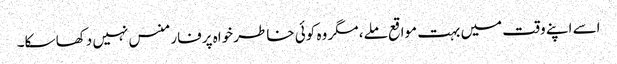
اسے اپنے وقت میں بہت مواقع ملے، مگر وہ کوئی خاطر خواہ پرفارمنس نہیں دکھا سکا۔